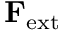
\mathbf { F } _ { \mathrm { e x t } }